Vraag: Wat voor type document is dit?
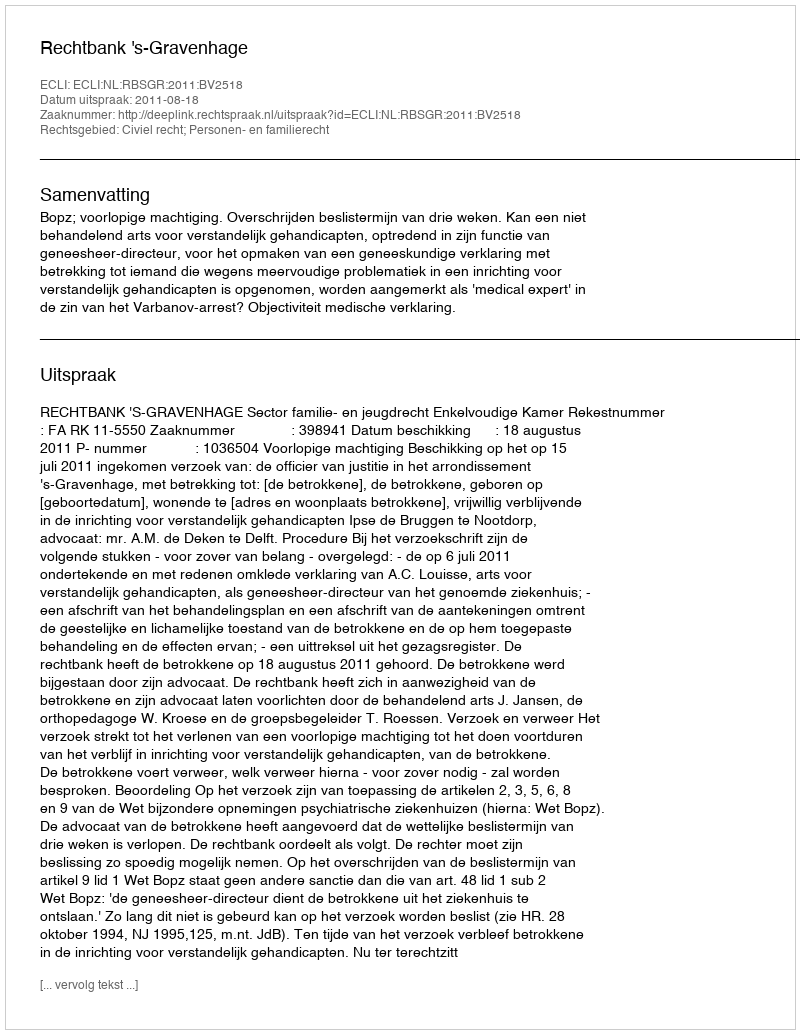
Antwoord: Uitspraak